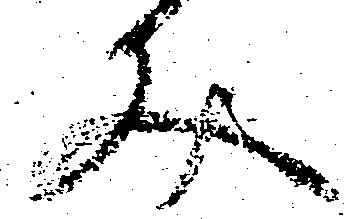
文